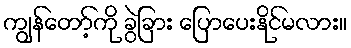
ကျွန်တော့်ကို ခွဲခြား ပြောပေးနိုင်မလား။